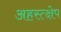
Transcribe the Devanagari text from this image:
अहस्त्क्षेप